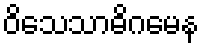
ဝိသေသာဓိဂမေန